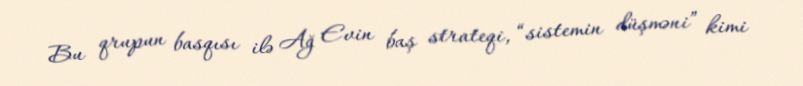
Bu qrupun basqısı ilə Ağ Evin baş strateqi, “sistemin düşməni” kimi